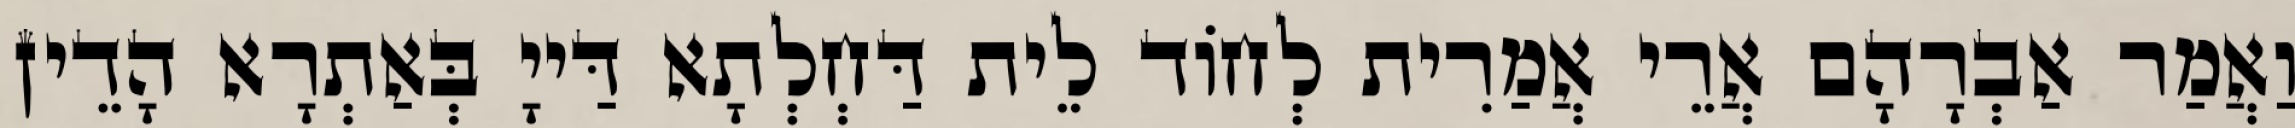
וַאֲמַר אַבְרָהָם אֲרֵי אֲמַרִית לְחוֹד לֵית דַּחְלְתָא דַּייָ בְּאַתְרָא הָדֵין